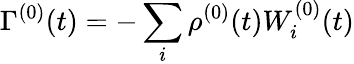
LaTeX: \Gamma^{(0)}(t)=-\sum_{i}\rho^{(0)}(t)W_{i}^{(0)}(t)